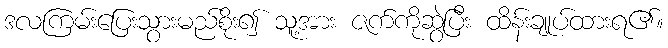
ဒလကြမ်းပြေးသွားမည်စိုး၍ သူ့အား ဇက်ကိုဆွဲပြီး ထိန်းချုပ်ထားရ၏။